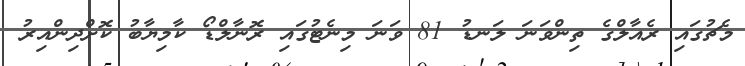
މެޗުގައި ރެއާލްގެ ތިންވަނަ ލަނޑު 81 ވަނަ މިނެޓުގައި ރޮނާލްޑޯ ކާމިޔާބު ކޮށްދިންއިރު